Vaccination report Assam 1874-1896 - 1874-1896
Year: 1874
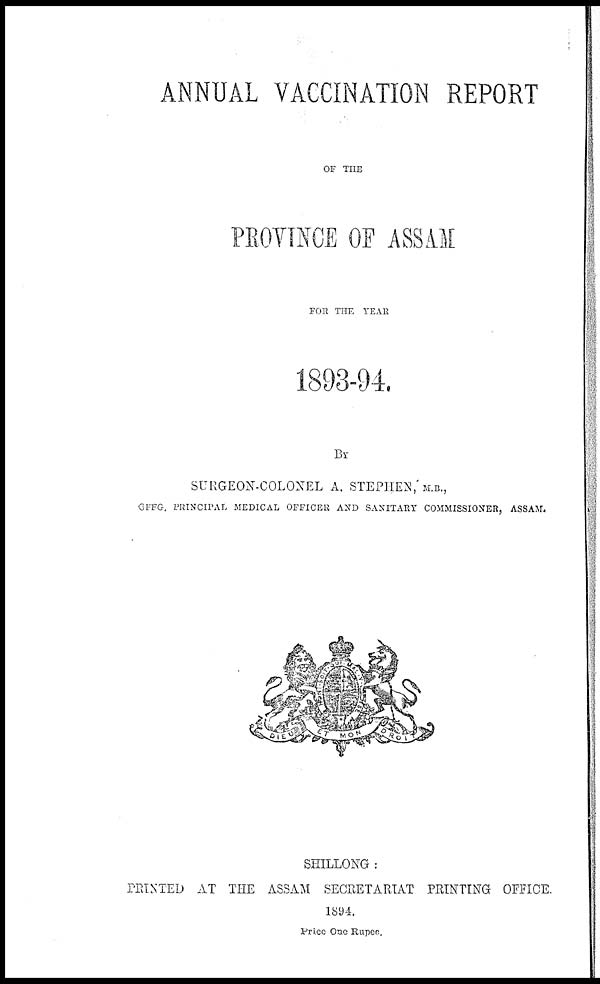
ANNUAL VACCINATION REPORT
OF THE
PROVINCE OF ASSAM
FOR THE YEAR
1893-94.
BY
SURGEON-COLONEL A. STEPHEN, M.B.,
OEFG. PRINCIPAL MEDICAL OFFICER AND SANITARY COMMISSIONER, ASSAM.
SHILLONG :
PRINTED AT THE ASSAM SECRETARIAT PRINTING OFFICE.
1894.
Price One Rupee.